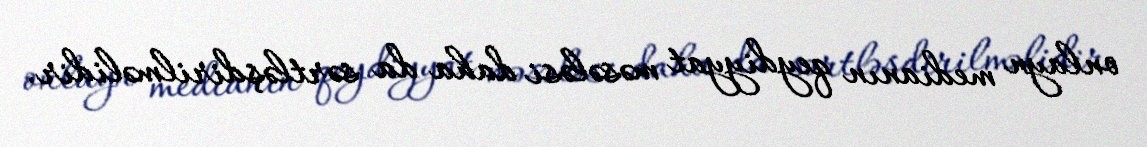
onlayn medianın qeydiyyat məsələsi daha da sərtləşdirilməlidir.